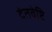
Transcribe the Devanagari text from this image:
दंतवेष्टि